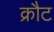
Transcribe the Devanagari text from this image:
क्रौट